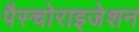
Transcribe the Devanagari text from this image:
पैस्चोराइजेशन